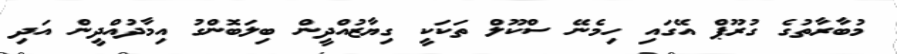
މުބާރާތުގެ ގުރޫޕް އޭގައި ހިމެނޭ ސްކޫލް ތަކަކީ ގިޔާޒުއްދީން ބިލަބޮންގު އިމާދުއްދީން އަދި